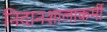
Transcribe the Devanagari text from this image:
निदानशालाकर्मी